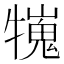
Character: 𤛲